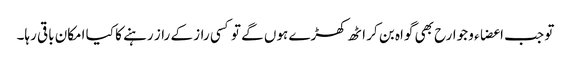
تو جب اعضاء و جوارح بھی گواہ بن کر اٹھ کھڑے ہوں گے تو کسی راز کے راز رہنے کا کیا امکان باقی رہا۔